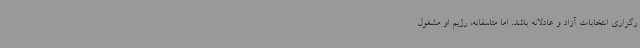
رگزاری انتخابات آزاد و عادلانه باشد. اما متاسفانه، رژیم او مشغول